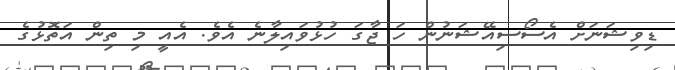
ޑިވިޝަނަށް އެސޯސިއޭޝަނުން ހަ ޖާގަ ހުޅުވައިލާނެ އެވެ. އެއީ މި ތިން އަތޮޅުގެެ